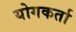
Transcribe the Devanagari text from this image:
योगकर्ता